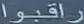
راقبوا